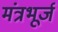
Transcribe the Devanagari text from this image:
मंत्रभूर्ज